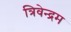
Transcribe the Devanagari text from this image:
त्रिवेन्‍द्रम